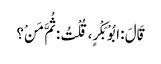
قَالَ : ابُوْ بَکْرٍ، قُلْتُ : ثُمَّ مَنْ؟